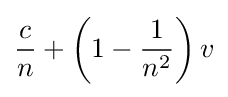
{\frac {c}{n}}+\left(1-{\frac {1}{n^{2}}}\right)v